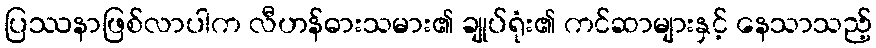
ပြဿနာဖြစ်လာပါက လီဟန်ဓားသမား၏ ချုပ်ရုံး၏ ကင်ဆာများနှင့် နေသာသည့်